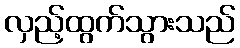
လှည့်ထွက်သွားသည်